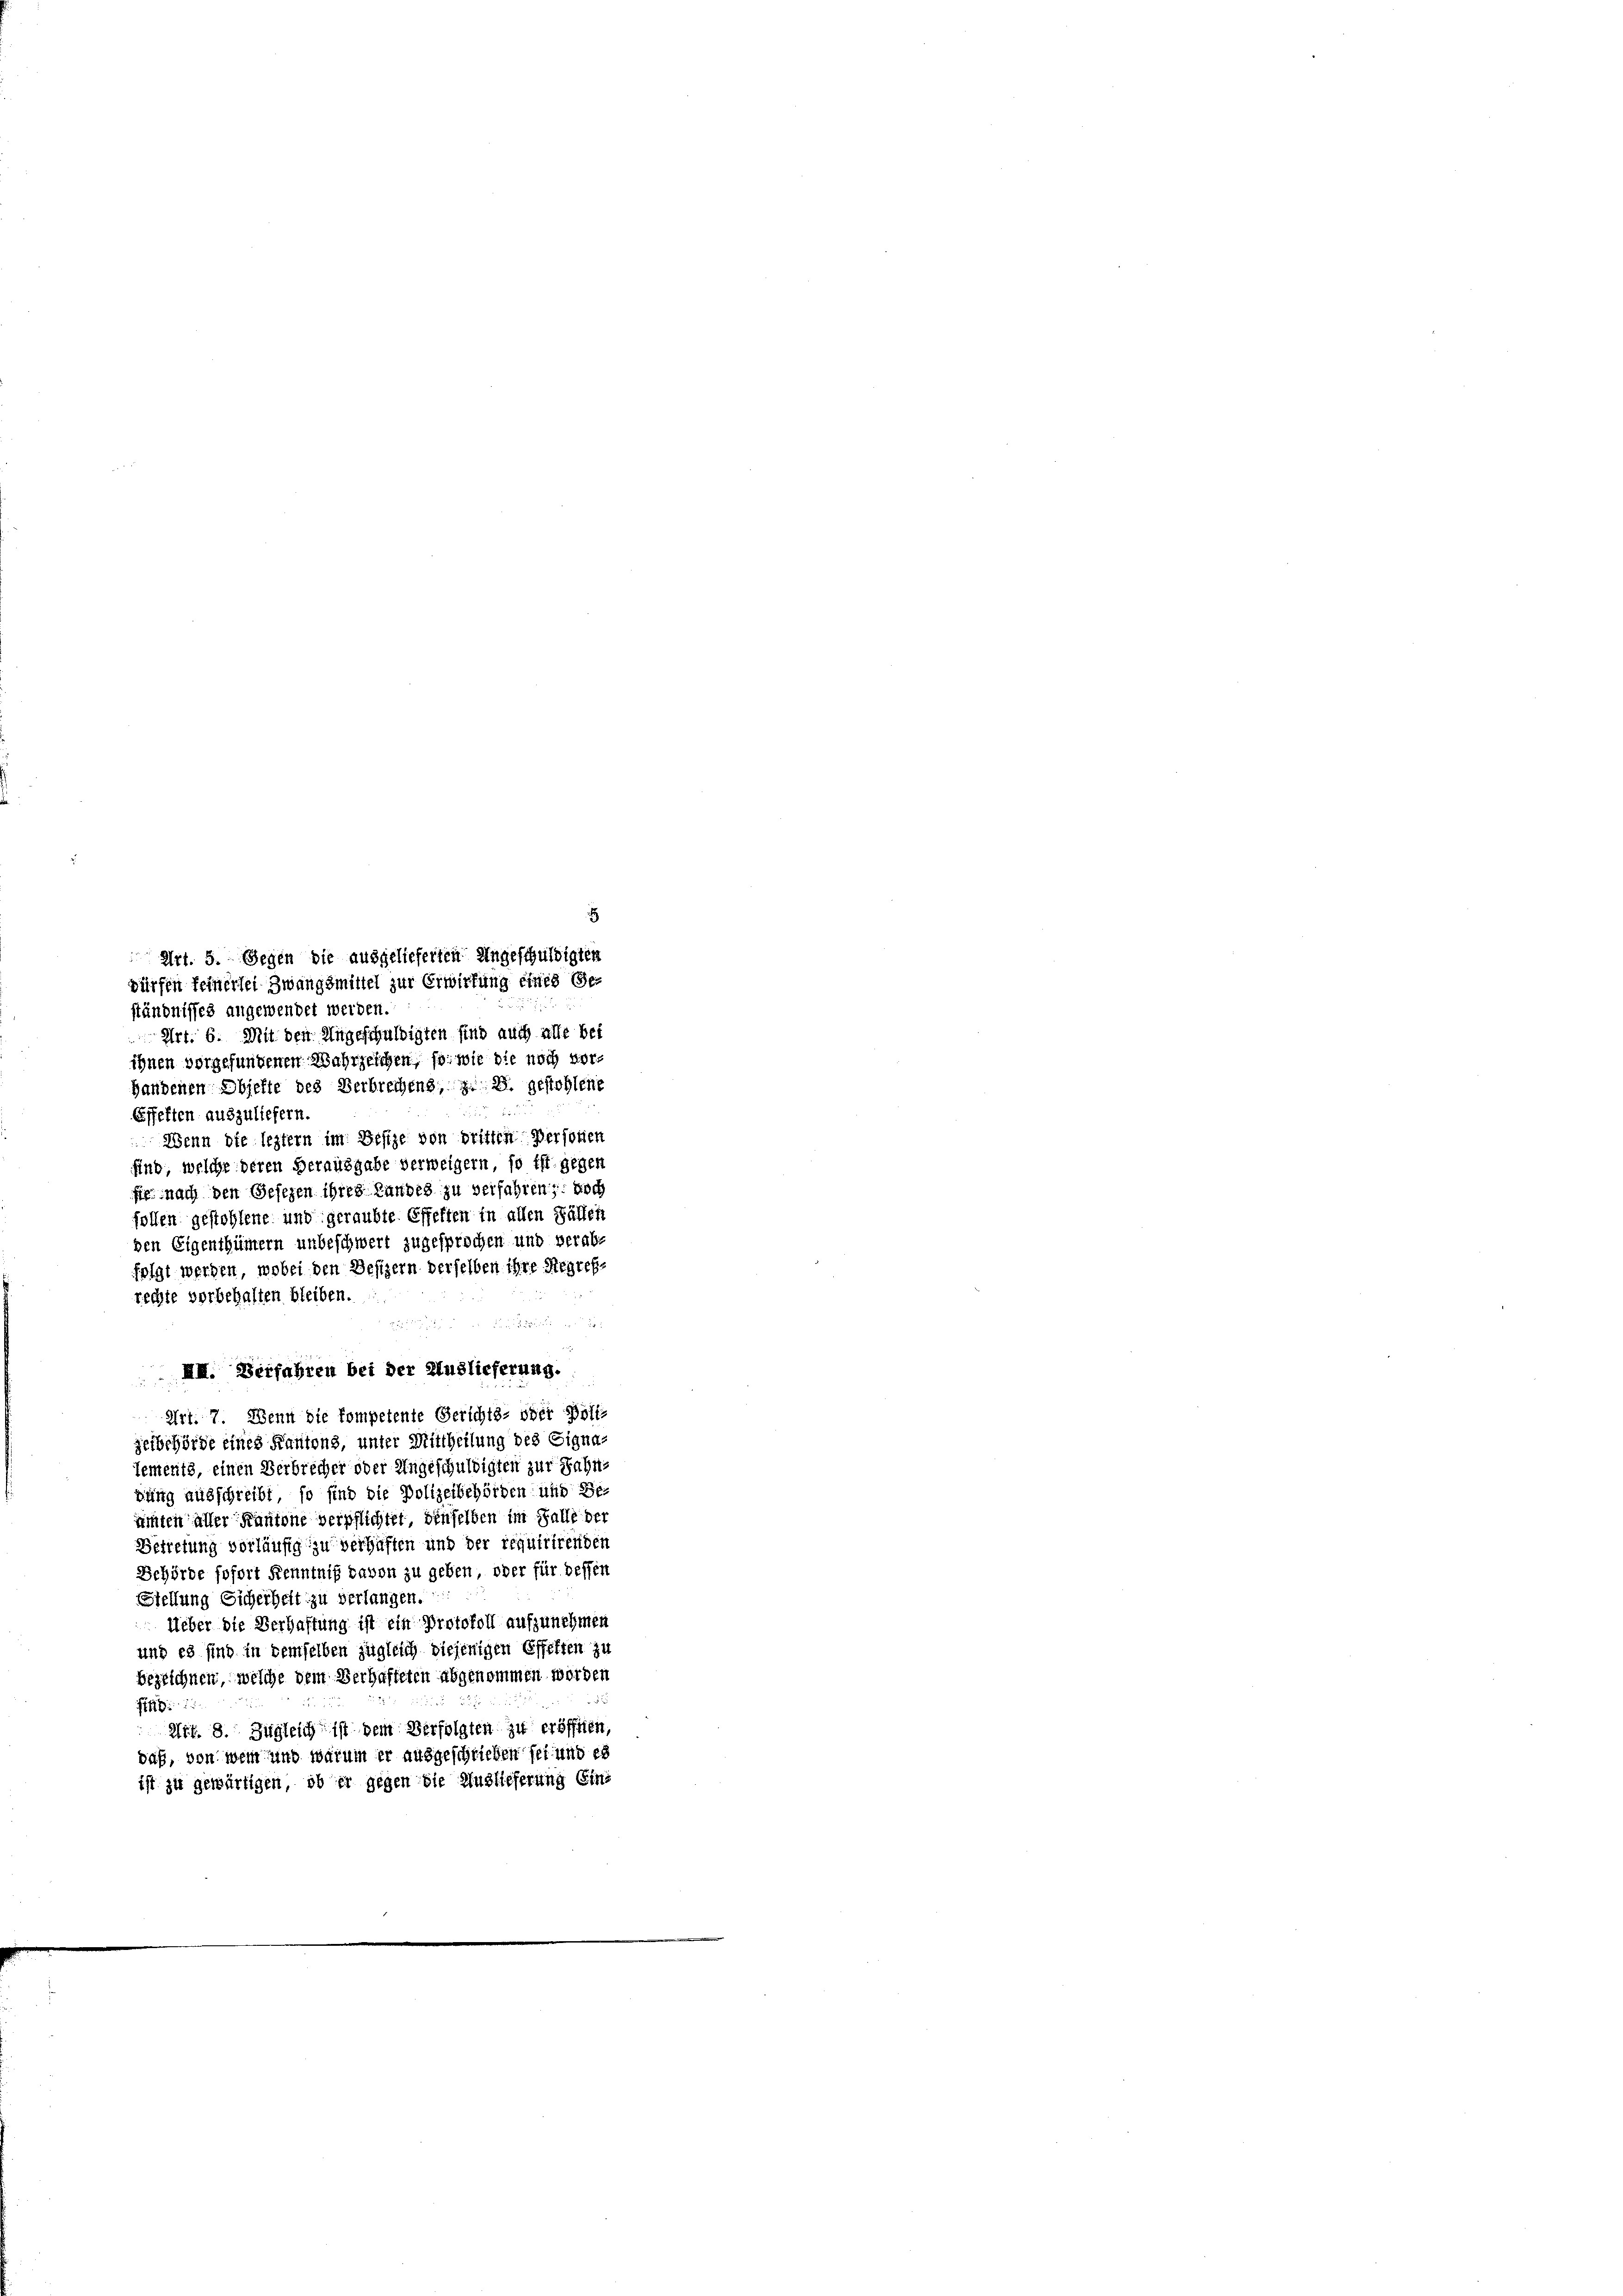
5
Art. 5. Gegen die ausgelieferten Angeschuldigten
dürfen feinerlei Zwangsmittel zur Erwirtung eines Ge¬
Art. 6. Mit den Angeschuldigten sind auch alle bei
ihnen vorgefundenen Wahrzeichen, so wie die noch vor¬
Handenen Objefte des Verbrechens, z. B. gestohlene

ständnisses angewendet werden.
Effekten auszuliefern.
Wenn die leztern im Besize von dritten Personen
find, welche deren Herausgabe verweigern, so ist. gegen
fe nach den Gesezen ihres Landes zu verfahren; doch
sollen gestohlene und geraubte Effekten in allen Fällen
den Eigenthümern unbeschwert zugesprochen und verabfolgt werden, wobei den Besizern derselben ihre Regress
rechte vorbehalten bleiben.
e
III. Verfahren bei der Auslieferung.
Art. 7. Wenn die kompetente Gerichts- oder Hoff-
zeibehörde eines Kantons, unter Mittheilung des Eignalements, einen Verbrecher oder Ungeschuldigten zur Zahn-
bung ausschreibt, so sind die Polizeibehörden und Be-
ainten aller Kantone verpflichtet, denselben im Falle der
Getretung vorläufig zu verhaften und der requirirenden
Behörde sofort Kenntniß davon zu geben, oder für dessen
Stellung Sicherheit zu verlangen.
Ueber die Verhaftung ist ein Protokoll aufzunehmen
und es sind in demselben zugleich diejenigen Effekten zu
bezeichnen, welche dem Verhafteten abgenommen worden
1
 Art. 8. Zugleich ist dem Verfolgten zu eröffnen,
daß, von wem und warum er ausgeschrieben sei und es
ist zu gewärtigen, ob er gegen die Auslieferung Ein-